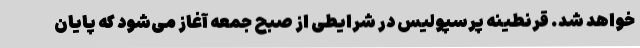
خواهد شد. قرنطینه پرسپولیس در شرایطی از صبح جمعه آغاز می‌شود که پایان